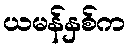
ယမန်နှစ်က